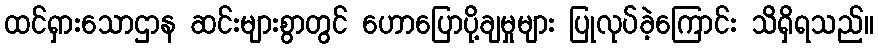
ထင်ရှားသောဌာန ဆင်းများစွာတွင် ဟောပြောပို့ချမှုများ ပြုလုပ်ခဲ့ကြောင်း သိရှိရသည်။